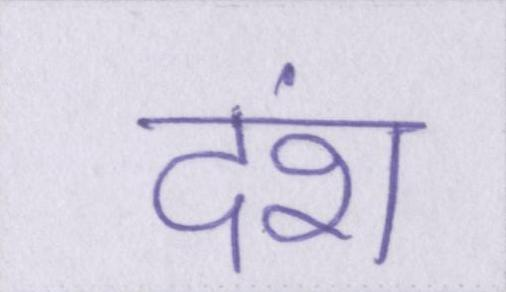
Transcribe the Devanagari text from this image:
दंश